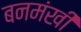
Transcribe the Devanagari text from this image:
बनमंखी